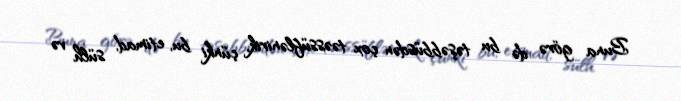
Buna görə də bu təşəbbüsdən çox təəssüflənirik, çünki bu, etimad, sülh və